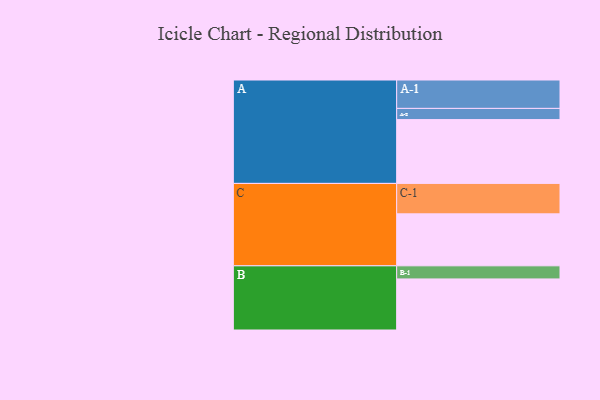
{"axis": {"x": "Segment", "y": "Value"}, "legend": ["", "A", "B", "C"], "data": [{"x": "A", "y": 501, "type": ""}, {"x": "B", "y": 401, "type": ""}, {"x": "C", "y": 408, "type": ""}, {"x": "A-1", "y": 223, "type": "A"}, {"x": "A-2", "y": 88, "type": "A"}, {"x": "B-1", "y": 103, "type": "B"}, {"x": "C-1", "y": 239, "type": "C"}]}